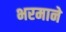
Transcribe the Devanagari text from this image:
भरमाने